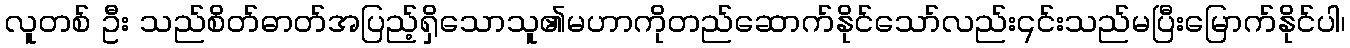
လူတစ် ဦး သည်စိတ်ဓာတ်အပြည့်ရှိသောသူ၏မဟာကိုတည်ဆောက်နိုင်သော်လည်း၎င်းသည်မပြီးမြောက်နိုင်ပါ၊